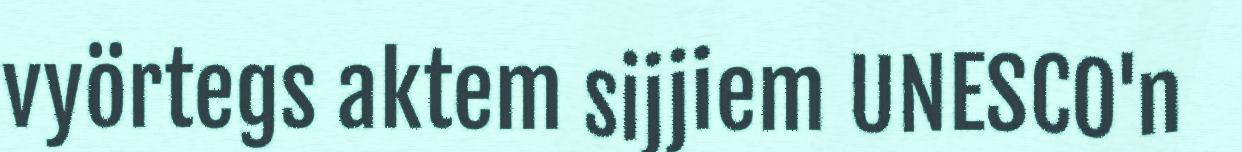
vyörtegs aktem sijjiem UNESCO'n